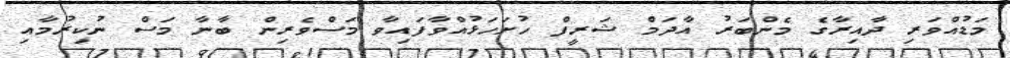
މަޑުއްވަރި ދާއިރާގެ މެންބަރު އާދަމް ޝަރީފް ހުށަހަޅުއްވާފައިވާ މަސްވެރިން ބާނާ މަސް ނުކިރުމާއި